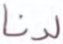
لدنا